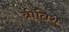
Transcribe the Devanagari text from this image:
ब्रीतिश